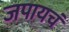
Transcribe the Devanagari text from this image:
जपायचं